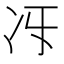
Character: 𠖱